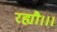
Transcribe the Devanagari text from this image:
रह्यौ।।।